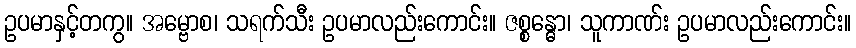
ဥပမာနှင့်တကွ။ အမ္ဗောစ၊ သရက်သီး ဥပမာလည်းကောင်း။ ဇစ္စန္ဓော၊ သူကာဏ်း ဥပမာလည်းကောင်း။